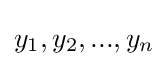
y_{1},y_{2},...,y_{n}